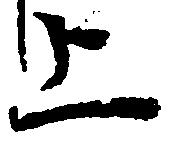
上